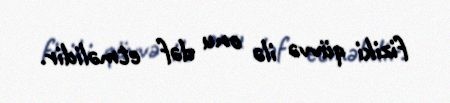
fiziki qüvvə ilə onu dəf etməlidir.